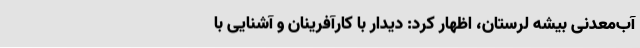
آب‌معدنی بیشه لرستان، اظهار کرد: دیدار با کارآفرینان و آشنایی با